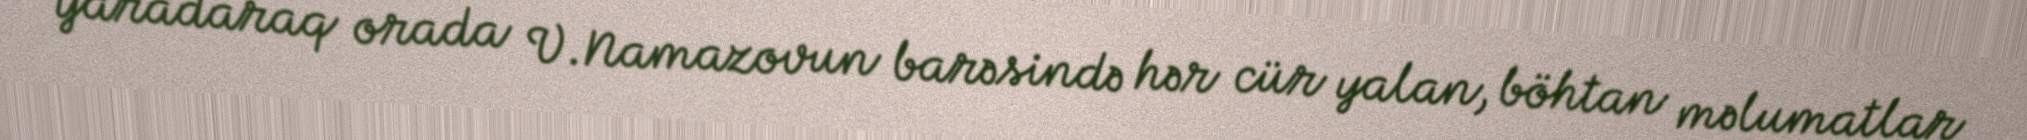
yaradaraq orada V.Namazovun barəsində hər cür yalan, böhtan məlumatlar